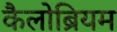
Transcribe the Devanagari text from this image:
कैलोब्रियम